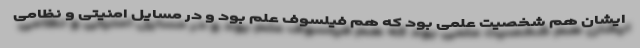
ایشان هم شخصیت علمی بود که هم فیلسوف علم بود و در مسایل امنیتی و نظامی